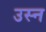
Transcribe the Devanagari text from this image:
उस्न